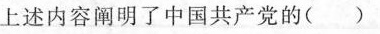
上述内容阐明了中国共产党的()